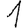
Digit: 1